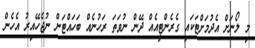
މި ލޯނަށް އެދުމަށްޓަކައި ގެރެންޓީއެއް ދޭން ނުވަތަ ރަހުނެއް ބަހައްޓަން ނުޖެހޭއިރު އެހެން